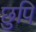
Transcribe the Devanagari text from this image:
छुपि